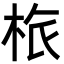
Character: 㭚